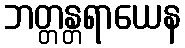
ဘတ္တန္တရာယေန